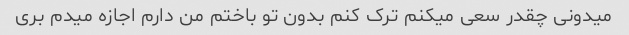
میدونی چقدر سعی میکنم ترک کنم بدون تو باختم من دارم اجازه میدم بری